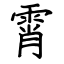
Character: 霄